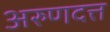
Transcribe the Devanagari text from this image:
अरुणदत्त